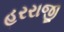
હરરાજી